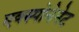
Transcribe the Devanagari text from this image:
एक्स्पोनेनेट